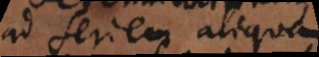
ad seriem aliqua